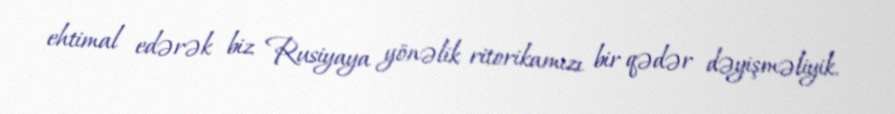
ehtimal edərək biz Rusiyaya yönəlik ritorikamızı bir qədər dəyişməliyik.